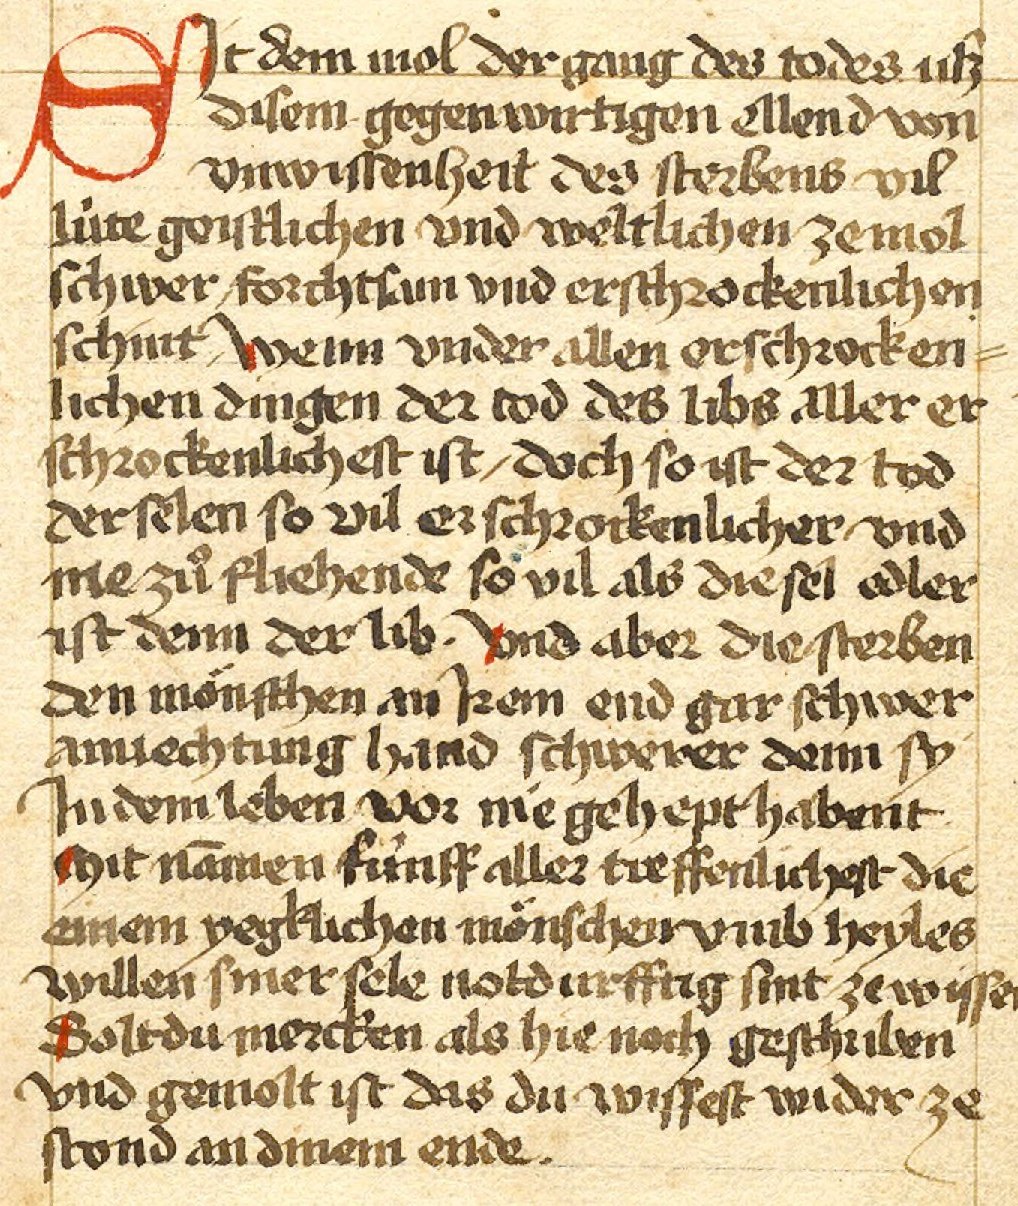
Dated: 1460–1490